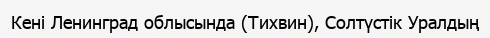
Кені Ленинград облысында (Тихвин), Солтүстік Уралдың